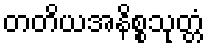
တတိယအနိစ္စသုတ္တံ